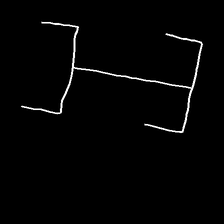
Glyph: entwine